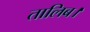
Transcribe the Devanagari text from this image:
तालिब।